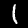
Label: 1